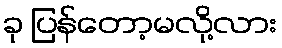
ခု ပြန်တော့မလို့လား